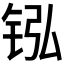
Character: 𬭂